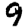
Digit: 9